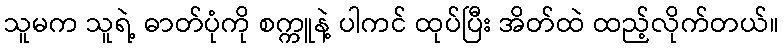
သူမက သူရဲ့ ဓာတ်ပုံကို စက္ကူနဲ့ ပါကင် ထုပ်ပြီး အိတ်ထဲ ထည့်လိုက်တယ်။